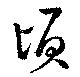
頃